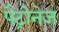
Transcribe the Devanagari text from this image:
पैट्रोनेज